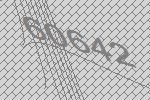
60642